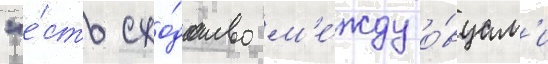
"е́сть схо́дство м'е́жду о́вцам'и